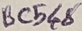
Text: BC548